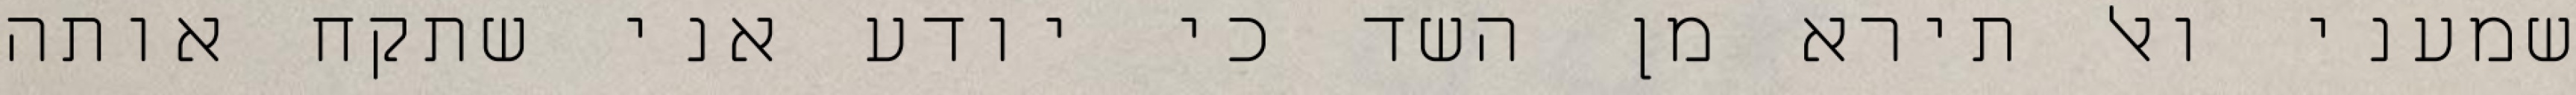
שמעני ואל תירא מן השד כי יודע אני שתקח אותה